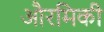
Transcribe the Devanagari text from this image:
औरमिकी